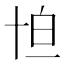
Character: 𠦠